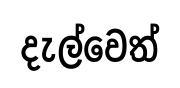
දැල්වෙත්